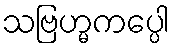
သဗြဟ္မကပ္ပေါ